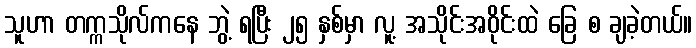
သူဟာ တက္ကသိုလ်ကနေ ဘွဲ့ ရပြီး ၂၅ နှစ်မှာ လူ့ အသိုင်းအဝိုင်းထဲ ခြေ စ ချခဲ့တယ်။